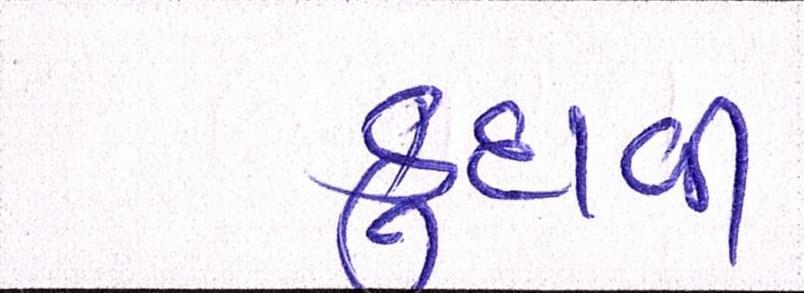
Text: કુદાવી